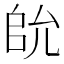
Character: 䦾